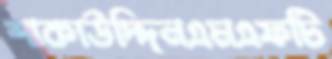
শাকাউদ্দিনএমএফটি